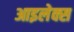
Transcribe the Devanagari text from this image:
आइलेक्स